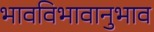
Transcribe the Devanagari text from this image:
भावविभावानुभाव